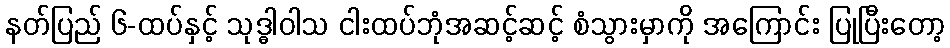
နတ်ပြည် ၆-ထပ်နှင့် သုဒ္ဓါဝါသ ငါးထပ်ဘုံအဆင့်ဆင့် စံသွားမှာကို အကြောင်း ပြုပြီးတော့